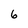
Character: 6